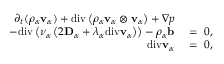
\begin{array} { r l } { \partial _ { t } ( \rho _ { \alpha } \mathbf { v } _ { \alpha } ) + \mathrm { d i v } \left( \rho _ { \alpha } \mathbf { v } _ { \alpha } \otimes \mathbf { v } _ { \alpha } \right) + \nabla p } & { { } } \\ { - \mathrm { d i v } \left( \nu _ { \alpha } \left( 2 \mathbf { D } _ { \alpha } + \lambda _ { \alpha } \mathrm { d i v } \mathbf { v } _ { \alpha } \right) \right) - \rho _ { \alpha } \mathbf { b } } & { { } = ~ 0 , } \\ { \mathrm { d i v } \mathbf { v } _ { \alpha } } & { { } = ~ 0 , } \end{array}